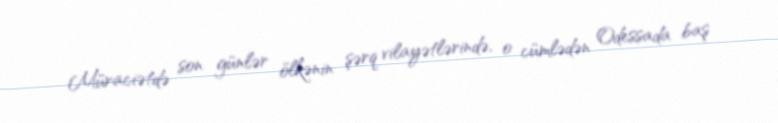
Müraciətdə son günlər ölkənin şərq vilayətlərində, o cümlədən Odessada baş